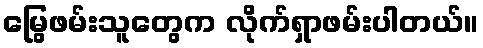
မြွေဖမ်းသူတွေက လိုက်ရှာဖမ်းပါတယ်။